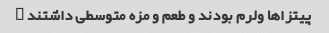
پیتزاها ولرم بودند و طعم و مزه متوسطی داشتند …